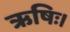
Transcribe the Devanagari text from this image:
ऋषिः।